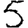
Digit: 5